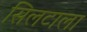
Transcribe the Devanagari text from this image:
सिलटाला